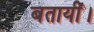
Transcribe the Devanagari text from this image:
बतायीं।